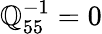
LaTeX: \mathbb{Q}_{55}^{-1}=0